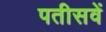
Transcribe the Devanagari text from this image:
पतीसवें